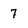
Character: 7